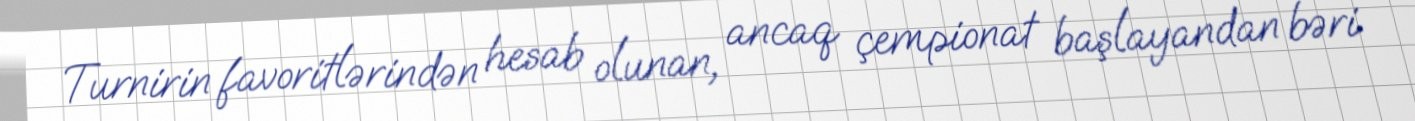
Turnirin favoritlərindən hesab olunan, ancaq çempionat başlayandan bəri